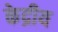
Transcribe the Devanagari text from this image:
केद्रीय